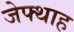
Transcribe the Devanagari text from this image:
जेफ्थाह